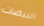
النبضات